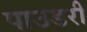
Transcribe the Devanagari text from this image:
पाउडरी